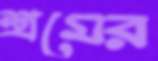
শ্রমের